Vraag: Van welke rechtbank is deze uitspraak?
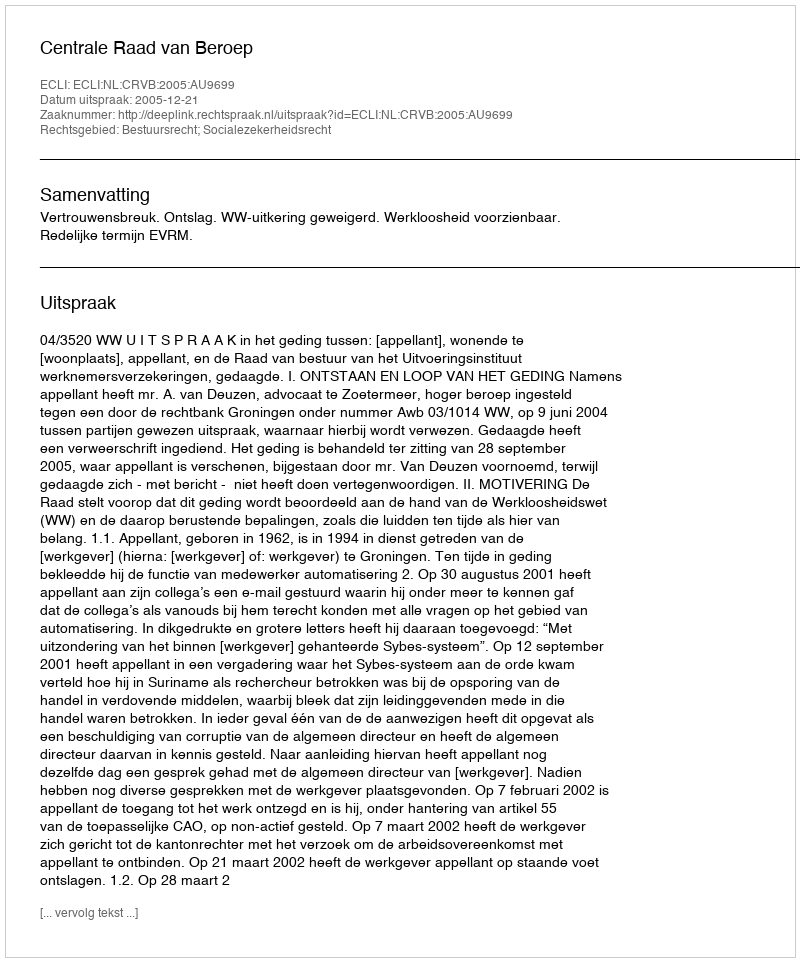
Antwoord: Centrale Raad van Beroep